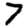
Digit: 7